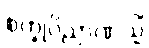
စက္ခုဝိညာဏသ္မိံ